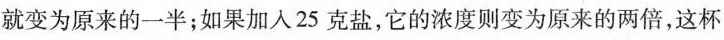
就变为原来的一半；如果加入25克盐，它的浓度则变为原来的两倍，这杯